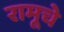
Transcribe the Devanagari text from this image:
रामूचे